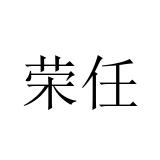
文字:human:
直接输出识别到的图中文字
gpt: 荣任